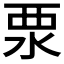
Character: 𣳳